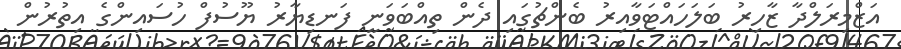
އަޒްމިރަލްދާ ޒާހިރު ބަލަހައްޓަވާއިރު ބެންޗުގައި ދެން ތިއްބަވަނީ ފަނޑިޔާރު ޔޫސުފް ހުސައިންގެ އިތުރުން